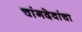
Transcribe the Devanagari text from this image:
चांगदेवांचा